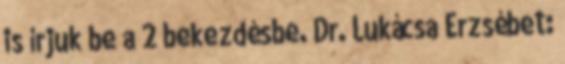
is írjuk be a 2 bekezdésbe. Dr. Lukácsa Erzsébet: